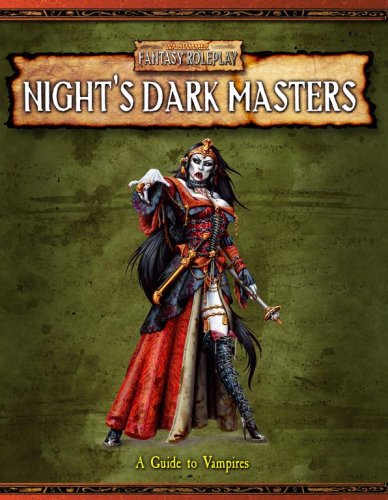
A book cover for Night's Dark Masters: A Guide to Vampires (Warhammer Fantasy Roleplay); Green Ronin; Science Fiction & Fantasy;